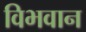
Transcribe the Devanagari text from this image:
विभवान